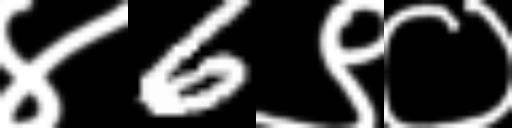
Text: ४6९०